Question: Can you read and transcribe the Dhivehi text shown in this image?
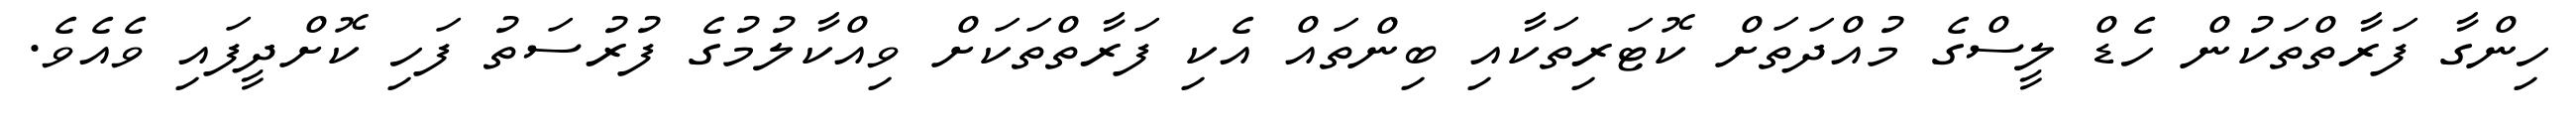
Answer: ހިންގާ ފަރާތްތަކުން ހެޑް ލީސްގެ މުއްދަތަށް ކޮޓަރިތަކާއި ބިންތައް އެކި ފަރާތްތަކަށް ވިއްކާލުމުގެ ފުރުސަތު ފަހި ކޮށްދީފައި ވެއެވެ.